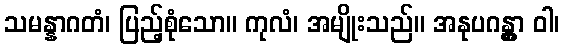
သမန္နာဂတံ၊ ပြည့်စုံသော။ ကုလံ၊ အမျိုးသည်။ အနုပဂန္တွာ ဝါ၊